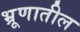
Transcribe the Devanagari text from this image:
भ्रूणातील